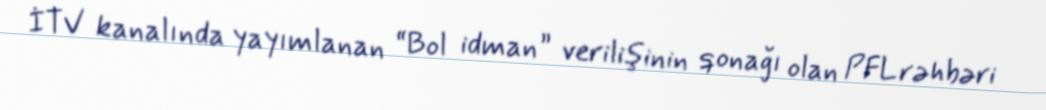
İTV kanalında yayımlanan “Bol idman” verilişinin qonağı olan PFL rəhbəri